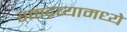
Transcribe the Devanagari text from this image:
रक्तद्रव्यामध्ये